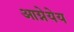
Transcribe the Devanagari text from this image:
आग्नेयेय